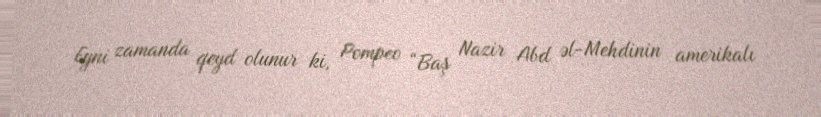
Eyni zamanda qeyd olunur ki, Pompeo “Baş Nazir Abd əl-Mehdinin amerikalı